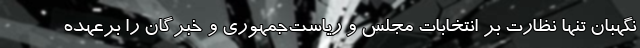
نگهبان تنها نظارت بر انتخابات مجلس و ریاست‌جمهوری و خبرگان را برعهده